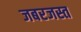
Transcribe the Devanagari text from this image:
जबरजस्त